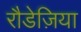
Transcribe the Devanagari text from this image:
रौडेज़िया